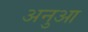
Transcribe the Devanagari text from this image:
अनुआ